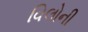
વિલોની